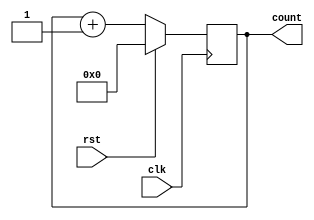
`timescale 1ns / 1ps
//////////////////////////////////////////////////////////////////////////////////
// Module Name: Question 5 b
// Description: Behavioral verilog
//////////////////////////////////////////////////////////////////////////////////
module question5b(
	input  wire      clk,
	input  wire      rst,
   output reg [3:0] count
   );

	always @ (posedge clk) begin
		if (rst) count <= 4'b0;
		else count <= count + 1'b1;
	end

endmodule